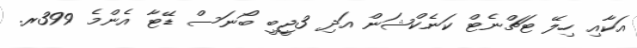
އަކާއި ހިލޭ ޓަޗްނެޓް ކަނެކްޝަން އަދި 3ޖީބީ ބޯނަސް ޑޭޓާ އެންމެ 399ރ.